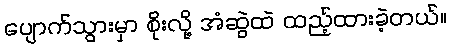
ပျောက်သွားမှာ စိုးလို့ အံဆွဲထဲ ထည့်ထားခဲ့တယ်။